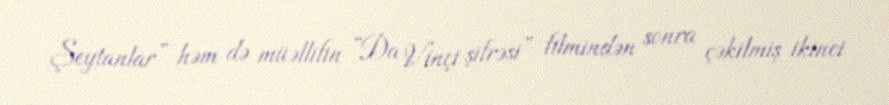
Şeytanlar” həm də müəllifin “Da Vinçi şifrəsi” filmindən sonra çəkilmiş ikinci